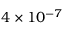
4 \times 1 0 ^ { - 7 }